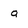
Character: g